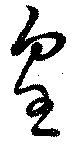
皇